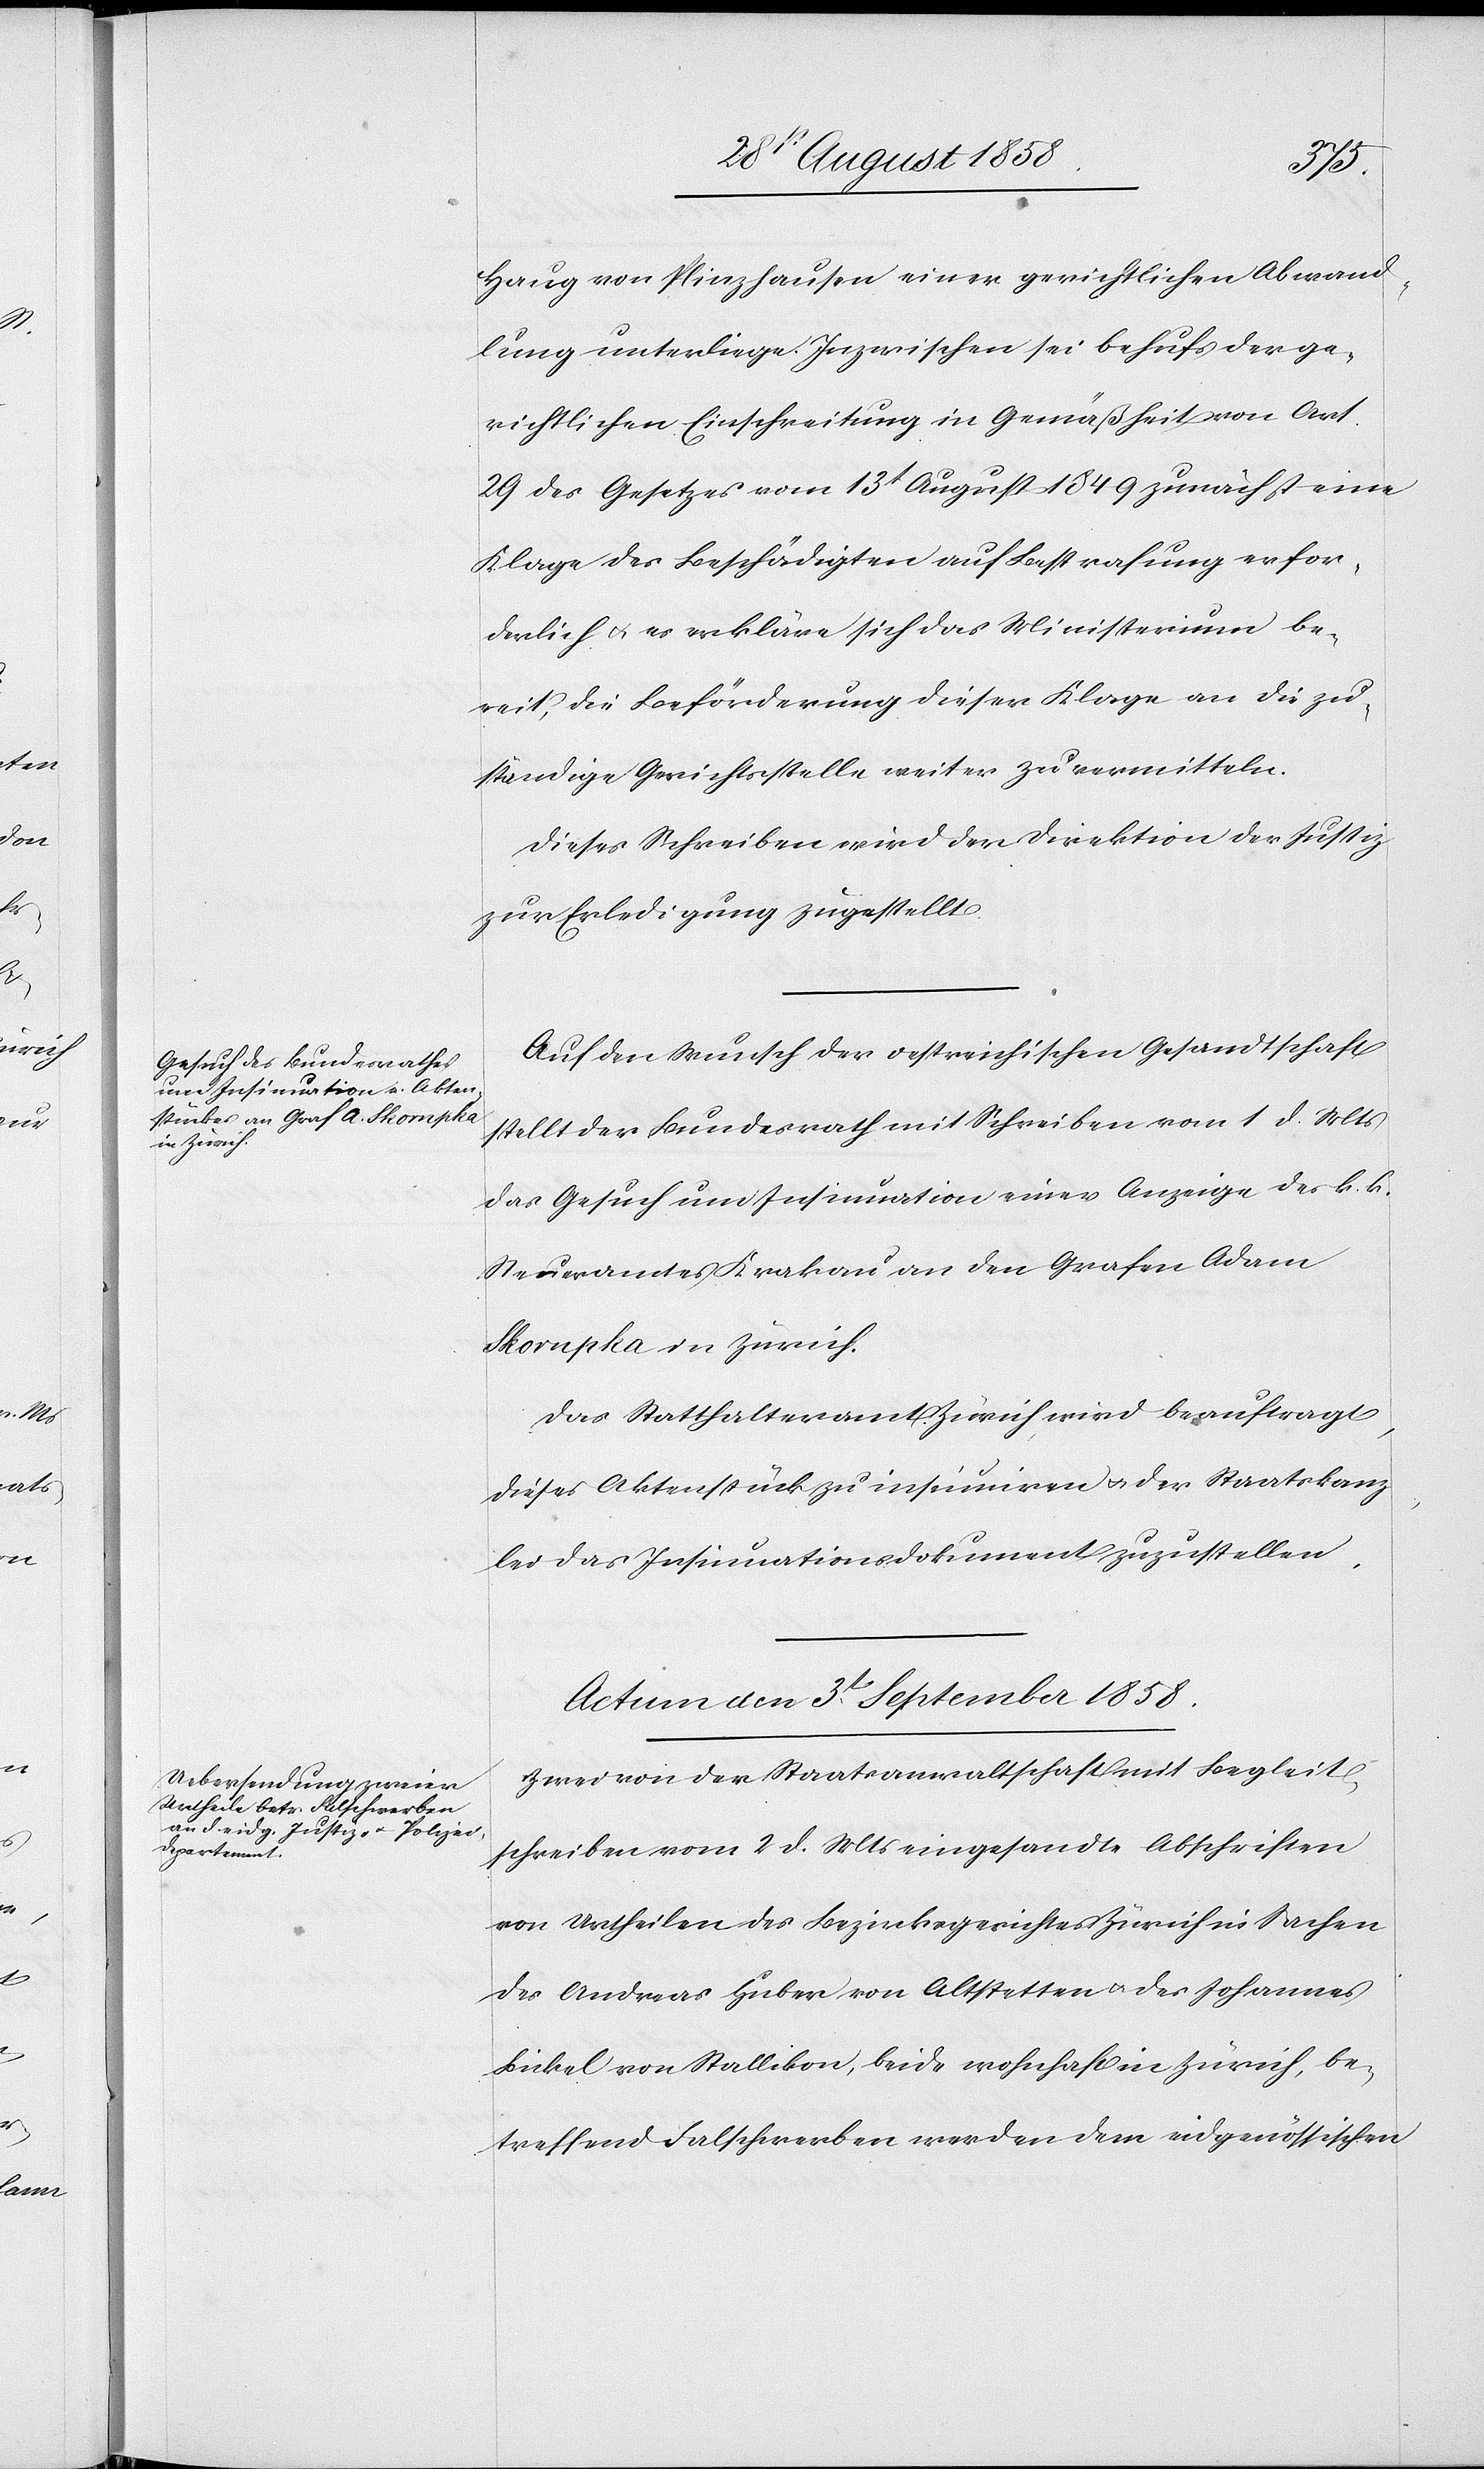
Haug von Plinzhausen einer gerichtlichen Abwand¬
lung unterliege. Inzwischen sei behufs der ge¬
richtlichen Einschreitung in Gemäßheit von Art.
29 des Gesetzes vom 13t August 1849 zunächst eine
Klage des Beschädigten auf Bestrafung erfor¬
derlich & es erkläre sich das Ministerium be¬
reit, die Beförderung dieser Klage an die zu¬
ständige Gerichtsstelle weiter zu vermitteln.
Dieses Schreiben wird der Direktion der Justiz
zur Erledigung zugestellt.
Auf den Wunsch der oestreichischen Gesandtschaft
stellt der Bundesrath mit Schreiben vom 1 d. Mts
das Gesuch um Insinuation einer Anzeige des k. k.
Steueramtes Krakau an den Grafen Adam
Skornpka in Zürich.
Das Statthalteramt Zürich wird beauftragt,
dieses Aktenstück zu insinuiren & der Staatskanz¬
lei das Insinuationsdokument zuzustellen.
Actum den 3t September 1858.
Zwei von der Staatsanwaltschaft mit Begleit¬
schreiben vom 2 d. Mts eingesandte Abschriften
von Urtheilen des Bezirksgerichtes Zürich in Sachen
des Andreas Huber von Altstetten & des Johannes
Bickel von Stallikon, beide wohnhaft in Zürich, be¬
treffend Falschwerben werden dem eidgenössischen